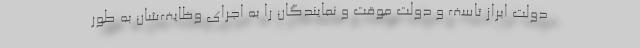
دولت ابراز تاسف و دولت موقت و نمایندگان را به اجرای وظایف‌شان به طور